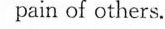
pain of others.